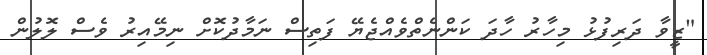
"ޒީވާ ދަރިފުޅު މިހާރު ހާދަ ކަންނެތްވެއްޖެޔޭ ފަތިސް ނަމާދުކޮށް ނިމޭއިރު ވެސް ލޮލުން